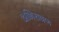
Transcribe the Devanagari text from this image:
अभिरावण